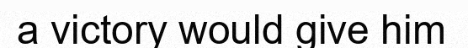
a victory would give him